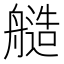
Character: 䒃